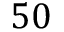
5 0